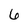
Character: 6